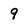
Character: 9